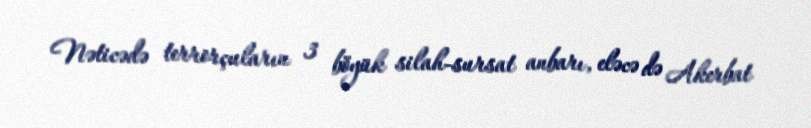
Nəticədə terrorçuların 3 böyük silah-sursat anbarı, eləcə də Akerbat